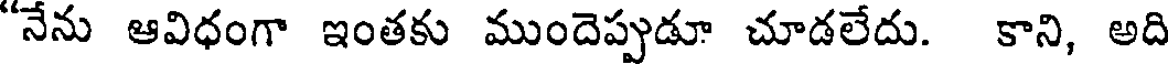
"నేను ఆవిధంగా ఇంతకు ముందెప్పుడూ చూడలేదు. కాని, అది